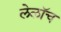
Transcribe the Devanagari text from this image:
लेलॉच